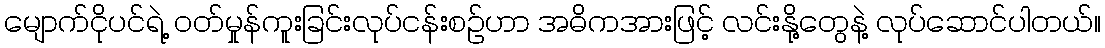
မျောက်ငိုပင်ရဲ့ ဝတ်မှုန်ကူးခြင်းလုပ်ငန်းစဉ်ဟာ အဓိကအားဖြင့် လင်းနို့တွေနဲ့ လုပ်ဆောင်ပါတယ်။